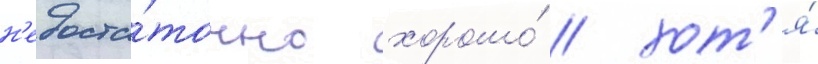
н'едоста́точно хорошо́ / хот'я́